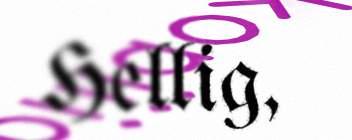
Hellig,